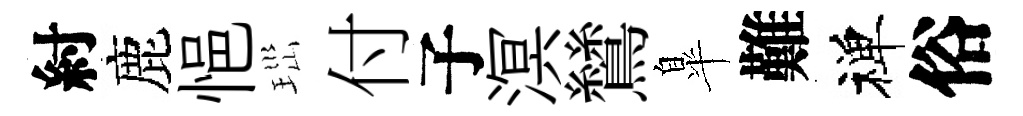
紂鹿悒𤤼付子溟鷥臯難禅俗